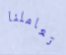
تعاملنا